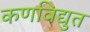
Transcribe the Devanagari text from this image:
कणविद्युत